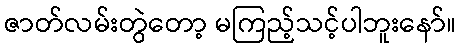
ဇာတ်လမ်းတွဲတော့ မကြည့်သင့်ပါဘူးနော်။